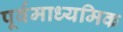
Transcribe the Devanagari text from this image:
पूर्वमाध्यमिक